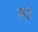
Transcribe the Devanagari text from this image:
हादे